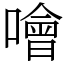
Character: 噲